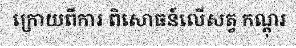
ក្រោយពីការ ពិសោធន៍លើសត្វ កណ្តុរ